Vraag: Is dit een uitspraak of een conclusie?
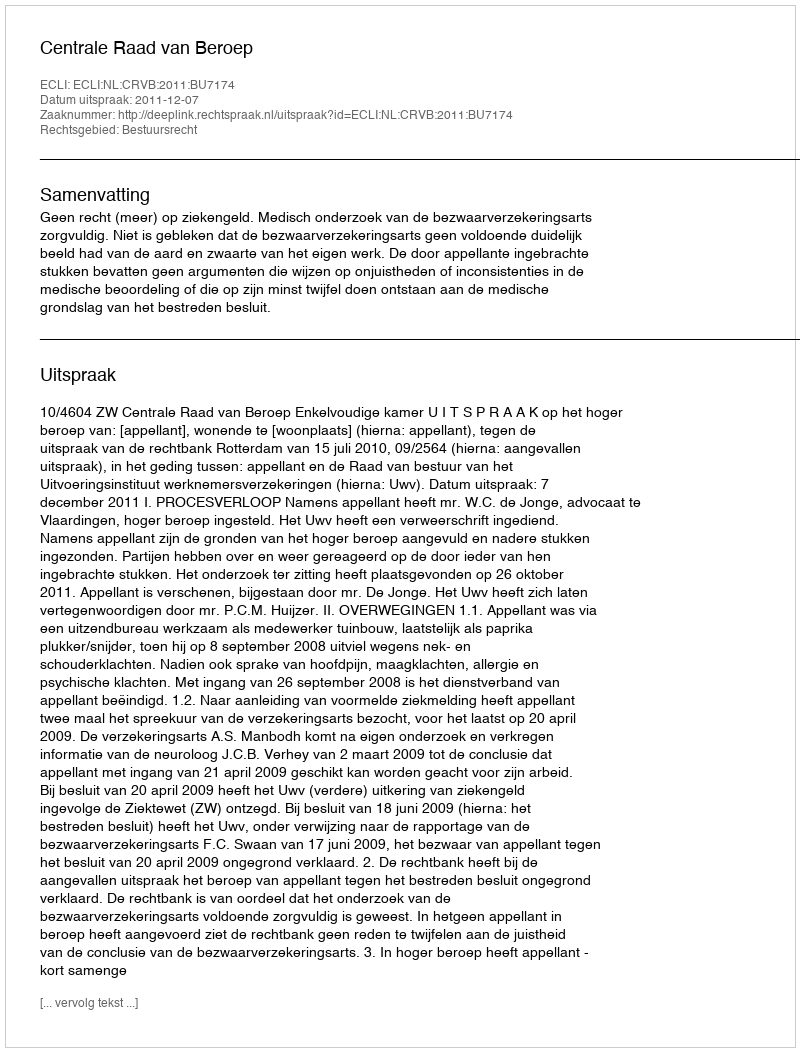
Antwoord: Uitspraak